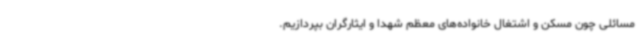
مسائلی چون مسکن و اشتغال خانواده‌های معظم شهدا و ایثارگران بپردازیم.